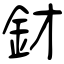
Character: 釮